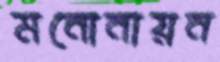
মনোনায়ন